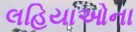
લહિયાઓના